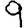
Digit: 9